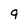
Character: 9